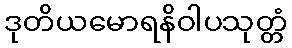
ဒုတိယမောရနိဝါပသုတ္တံ